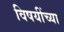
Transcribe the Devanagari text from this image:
विषयींच्या